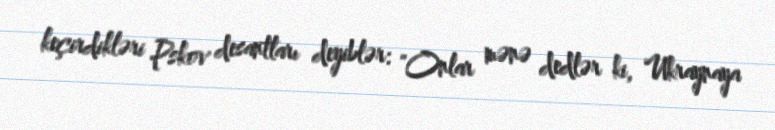
keçirdikləri Pskov desantları deyiblər: "Onlar mənə dedlər ki, Ukraynaya